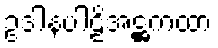
ဥဒါနပါဠိအဋ္ဌကထာ